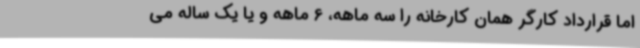
اما قرارداد کارگر همان کارخانه را سه ماهه، 6 ماهه و یا یک ساله می